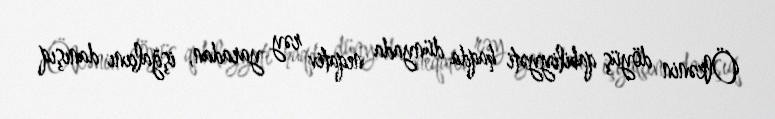
Ölkənin döyüş qabiliyyəti haqda dünyada neqativ rəy yaradan, işğalçını danışıq